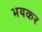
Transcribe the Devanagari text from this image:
भयकर